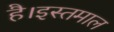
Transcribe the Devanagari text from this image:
है।इस्तमाल